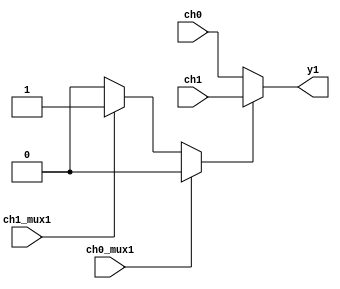
`timescale 1ns / 1ps
//////////////////////////////////////////////////////////////////////////////////
// Company: 
// Engineer: 
// 
// Design Name: 
// Module Name: mux1
// Project Name: 
// Target Devices: 
// Tool Versions: 
// Description: 
// 
// Dependencies: 
// 
// Revision:
// Revision 0.01 - File Created
// Additional Comments:
// 
//////////////////////////////////////////////////////////////////////////////////


module mux1(
	input wire ch0_mux1,
	input wire ch1_mux1,
	input wire [7:0] ch0, ch1,
	output reg [7:0] y1
   );
	
	reg sel;
	
	always @* begin
		if(~ch0_mux1) begin //select
			if (ch1_mux1) begin
				sel = 1;
			end else begin
				sel = 0;
			end
		end else begin
			sel = 0;
		end
   end
	
	always @* begin
			if (sel)begin
				y1 = ch1;
			end
			else begin
				y1 = ch0;
			end
	end
		
endmodule